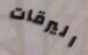
اليرقات